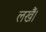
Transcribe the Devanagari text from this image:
लखैं।